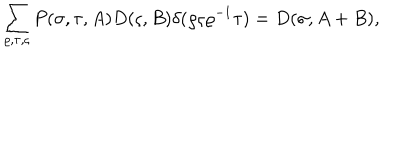
\sum _ { \varrho , \tau , \varsigma } P ( \sigma , \tau , A ) D ( \varsigma , B ) \delta ( \varrho \varsigma \varrho ^ { - 1 } \tau ) = D ( \sigma , A + B ) ,